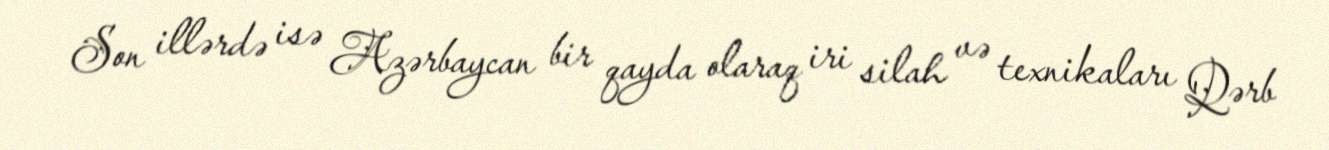
Son illərdə isə Azərbaycan bir qayda olaraq iri silah və texnikaları Qərb